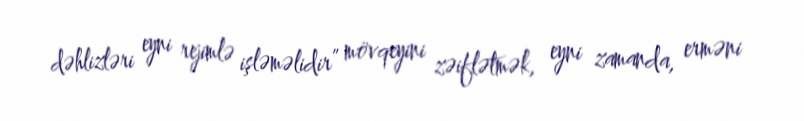
dəhlizləri eyni rejimlə işləməlidir” mövqeyini zəiflətmək, eyni zamanda, erməni